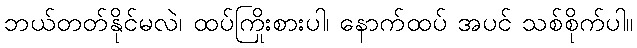
ဘယ်တတ်နိုင်မလဲ၊ ထပ်ကြိုးစားပါ၊ နောက်ထပ် အပင် သစ်စိုက်ပါ။